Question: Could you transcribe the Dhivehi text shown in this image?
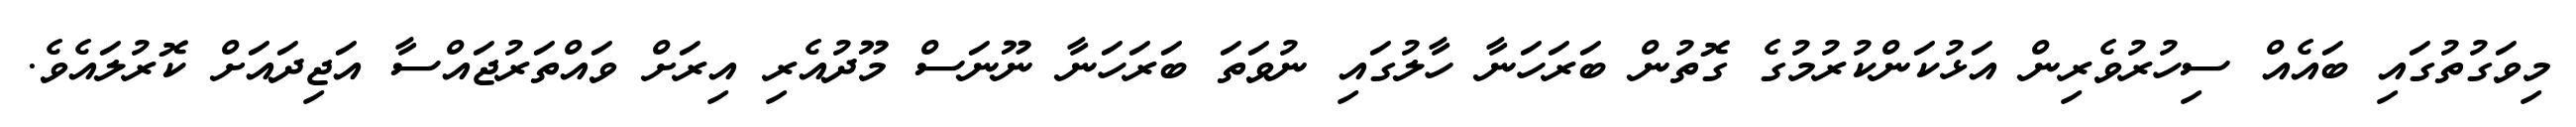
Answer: މިވަގުތުގައި ބައެއް ސިހުރުވެރިން އަޅުކަންކުރުމުގެ ގޮތުން ބަރަހަނާ ހާލުގައި ނުވަތަ ބަރަހަނާ ނޫނަސް މޫދުއެރި އިރަށް ވައްތަރުޖައްސާ އަޖިދައަށް ކޮރުލައެވެ.